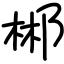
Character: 郴